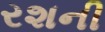
રશની